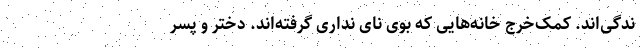
ندگی‌اند. کمک‌خرج خانه‌هایی که بوی نای نَداری گرفته‌اند. دختر و پسر